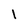
Character: 1